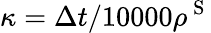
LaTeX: \kappa=\Delta t/10000\rho^{\mathrm{~S~}}